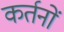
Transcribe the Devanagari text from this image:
कर्तनों